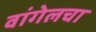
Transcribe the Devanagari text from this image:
वांगेलचा